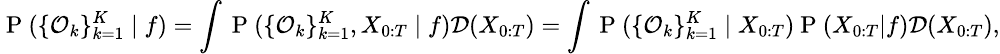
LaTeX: \small\mathrm{~P~}(\{ \mathcal{O}_{k}\} _{k=1}^{K}\mid f)=\int\mathrm{~P~}(\{ \mathcal{O}_{k}\} _{k=1}^{K},X_{0:T}\mid f)\mathcal{D}(X_{0:T})=\int\mathrm{~P~}(\{ \mathcal{O}_{k}\} _{k=1}^{K}\mid X_{0:T})\mathrm{~P~}(X_{0:T}|f)\mathcal{D}(X_{0:T}),